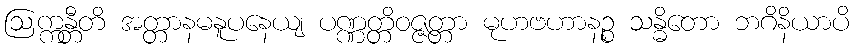
ဩက္ကန္တီတိ အတ္တာနမနူပနေယျ ပဏ္ဏတ္တိဝဇ္ဇတ္တာ မုဟဗဟာနဉ္စ သန္ဓိတော ဘဂိနိယာပိ